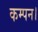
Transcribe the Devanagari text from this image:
कम्पन।